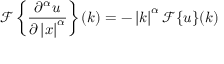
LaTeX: { \mathcal { F } } \left\{ { \frac { \partial ^ { \alpha } u } { \partial \left| x \right| ^ { \alpha } } } \right\} ( k ) = - \left| k \right| ^ { \alpha } { \mathcal { F } } \{ u \} ( k )